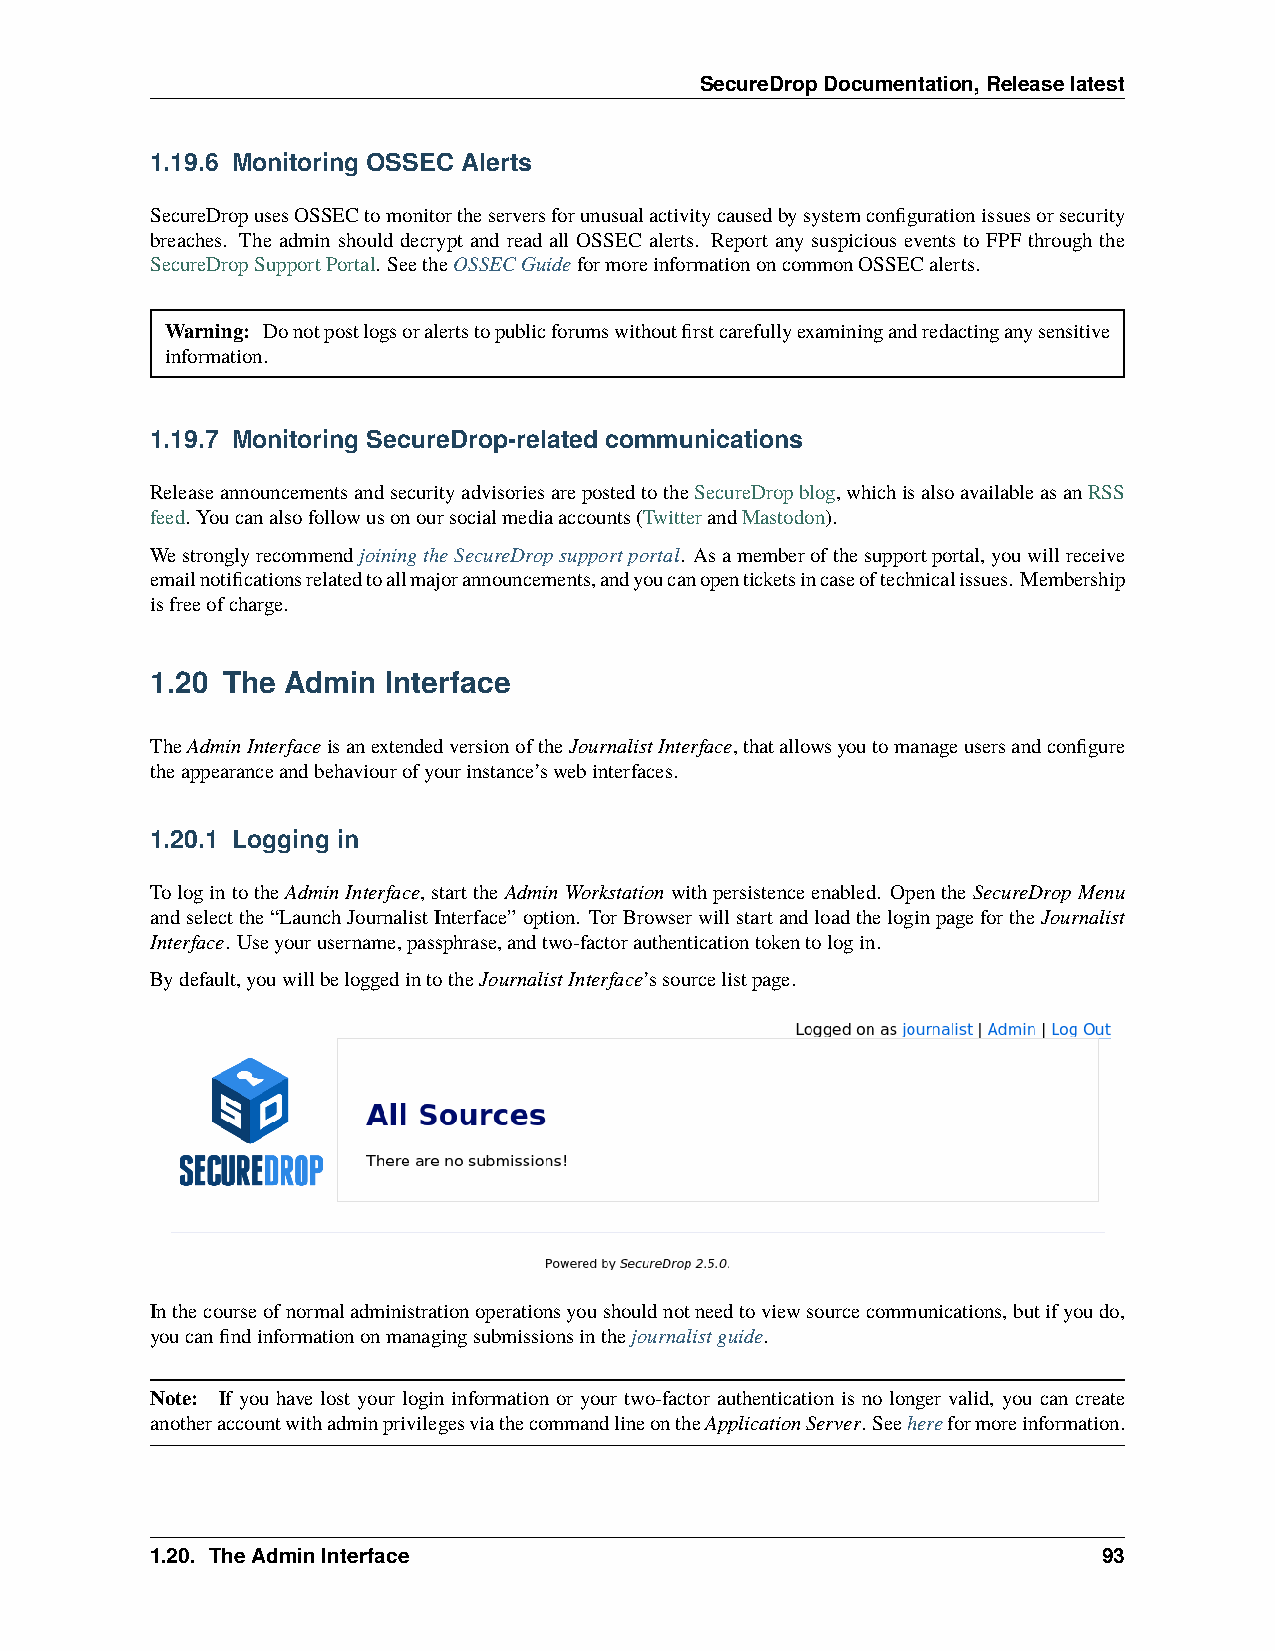
SecureDropDocumentation,Releaselatest
 1.19.6 Monitoring OSSEC Alerts
 SecureDropusesOSSECtomonitortheserversforunusualactivitycausedbysystemconfigurationissuesorsecurity
 breaches. The admin should decrypt and read all OSSEC alerts. Report any suspicious events to FPF through the
 SecureDropSupportPortal. SeetheOSSECGuideformoreinformationoncommonOSSECalerts.
 Warning: Donotpostlogsoralertstopublicforumswithoutfirstcarefullyexaminingandredactinganysensitive
 information.
 1.19.7 Monitoring SecureDrop-related communications
 ReleaseannouncementsandsecurityadvisoriesarepostedtotheSecureDropblog,whichisalsoavailableasanRSS
 feed. Youcanalsofollowusonoursocialmediaaccounts(TwitterandMastodon).
 WestronglyrecommendjoiningtheSecureDropsupportportal. Asamemberofthesupportportal,youwillreceive
 emailnotificationsrelatedtoallmajorannouncements,andyoucanopenticketsincaseoftechnicalissues. Membership
 isfreeofcharge.
 1.20 The Admin  Interface
 TheAdminInterfaceisanextendedversionoftheJournalistInterface,thatallowsyoutomanageusersandconfigure
 theappearanceandbehaviourofyourinstance’swebinterfaces.
 1.20.1 Logging in
 TologintotheAdminInterface,starttheAdminWorkstationwithpersistenceenabled. OpentheSecureDropMenu
 andselectthe“LaunchJournalistInterface”option. TorBrowserwillstartandloadtheloginpagefortheJournalist
 Interface. Useyourusername,passphrase,andtwo-factorauthenticationtokentologin.
 Bydefault,youwillbeloggedintotheJournalistInterface’ssourcelistpage.
 Inthecourseofnormaladministrationoperationsyoushouldnotneedtoviewsourcecommunications,butifyoudo,
 youcanfindinformationonmanagingsubmissionsinthejournalistguide.
 Note: If you have lost your login information or your two-factor authentication is no longer valid, you can create
 anotheraccountwithadminprivilegesviathecommandlineontheApplicationServer. Seehereformoreinformation.
 1.20. TheAdminInterface                                        93